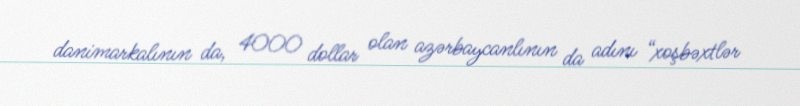
danimarkalının da, 4000 dollar olan azərbaycanlının da adını “xoşbəxtlər